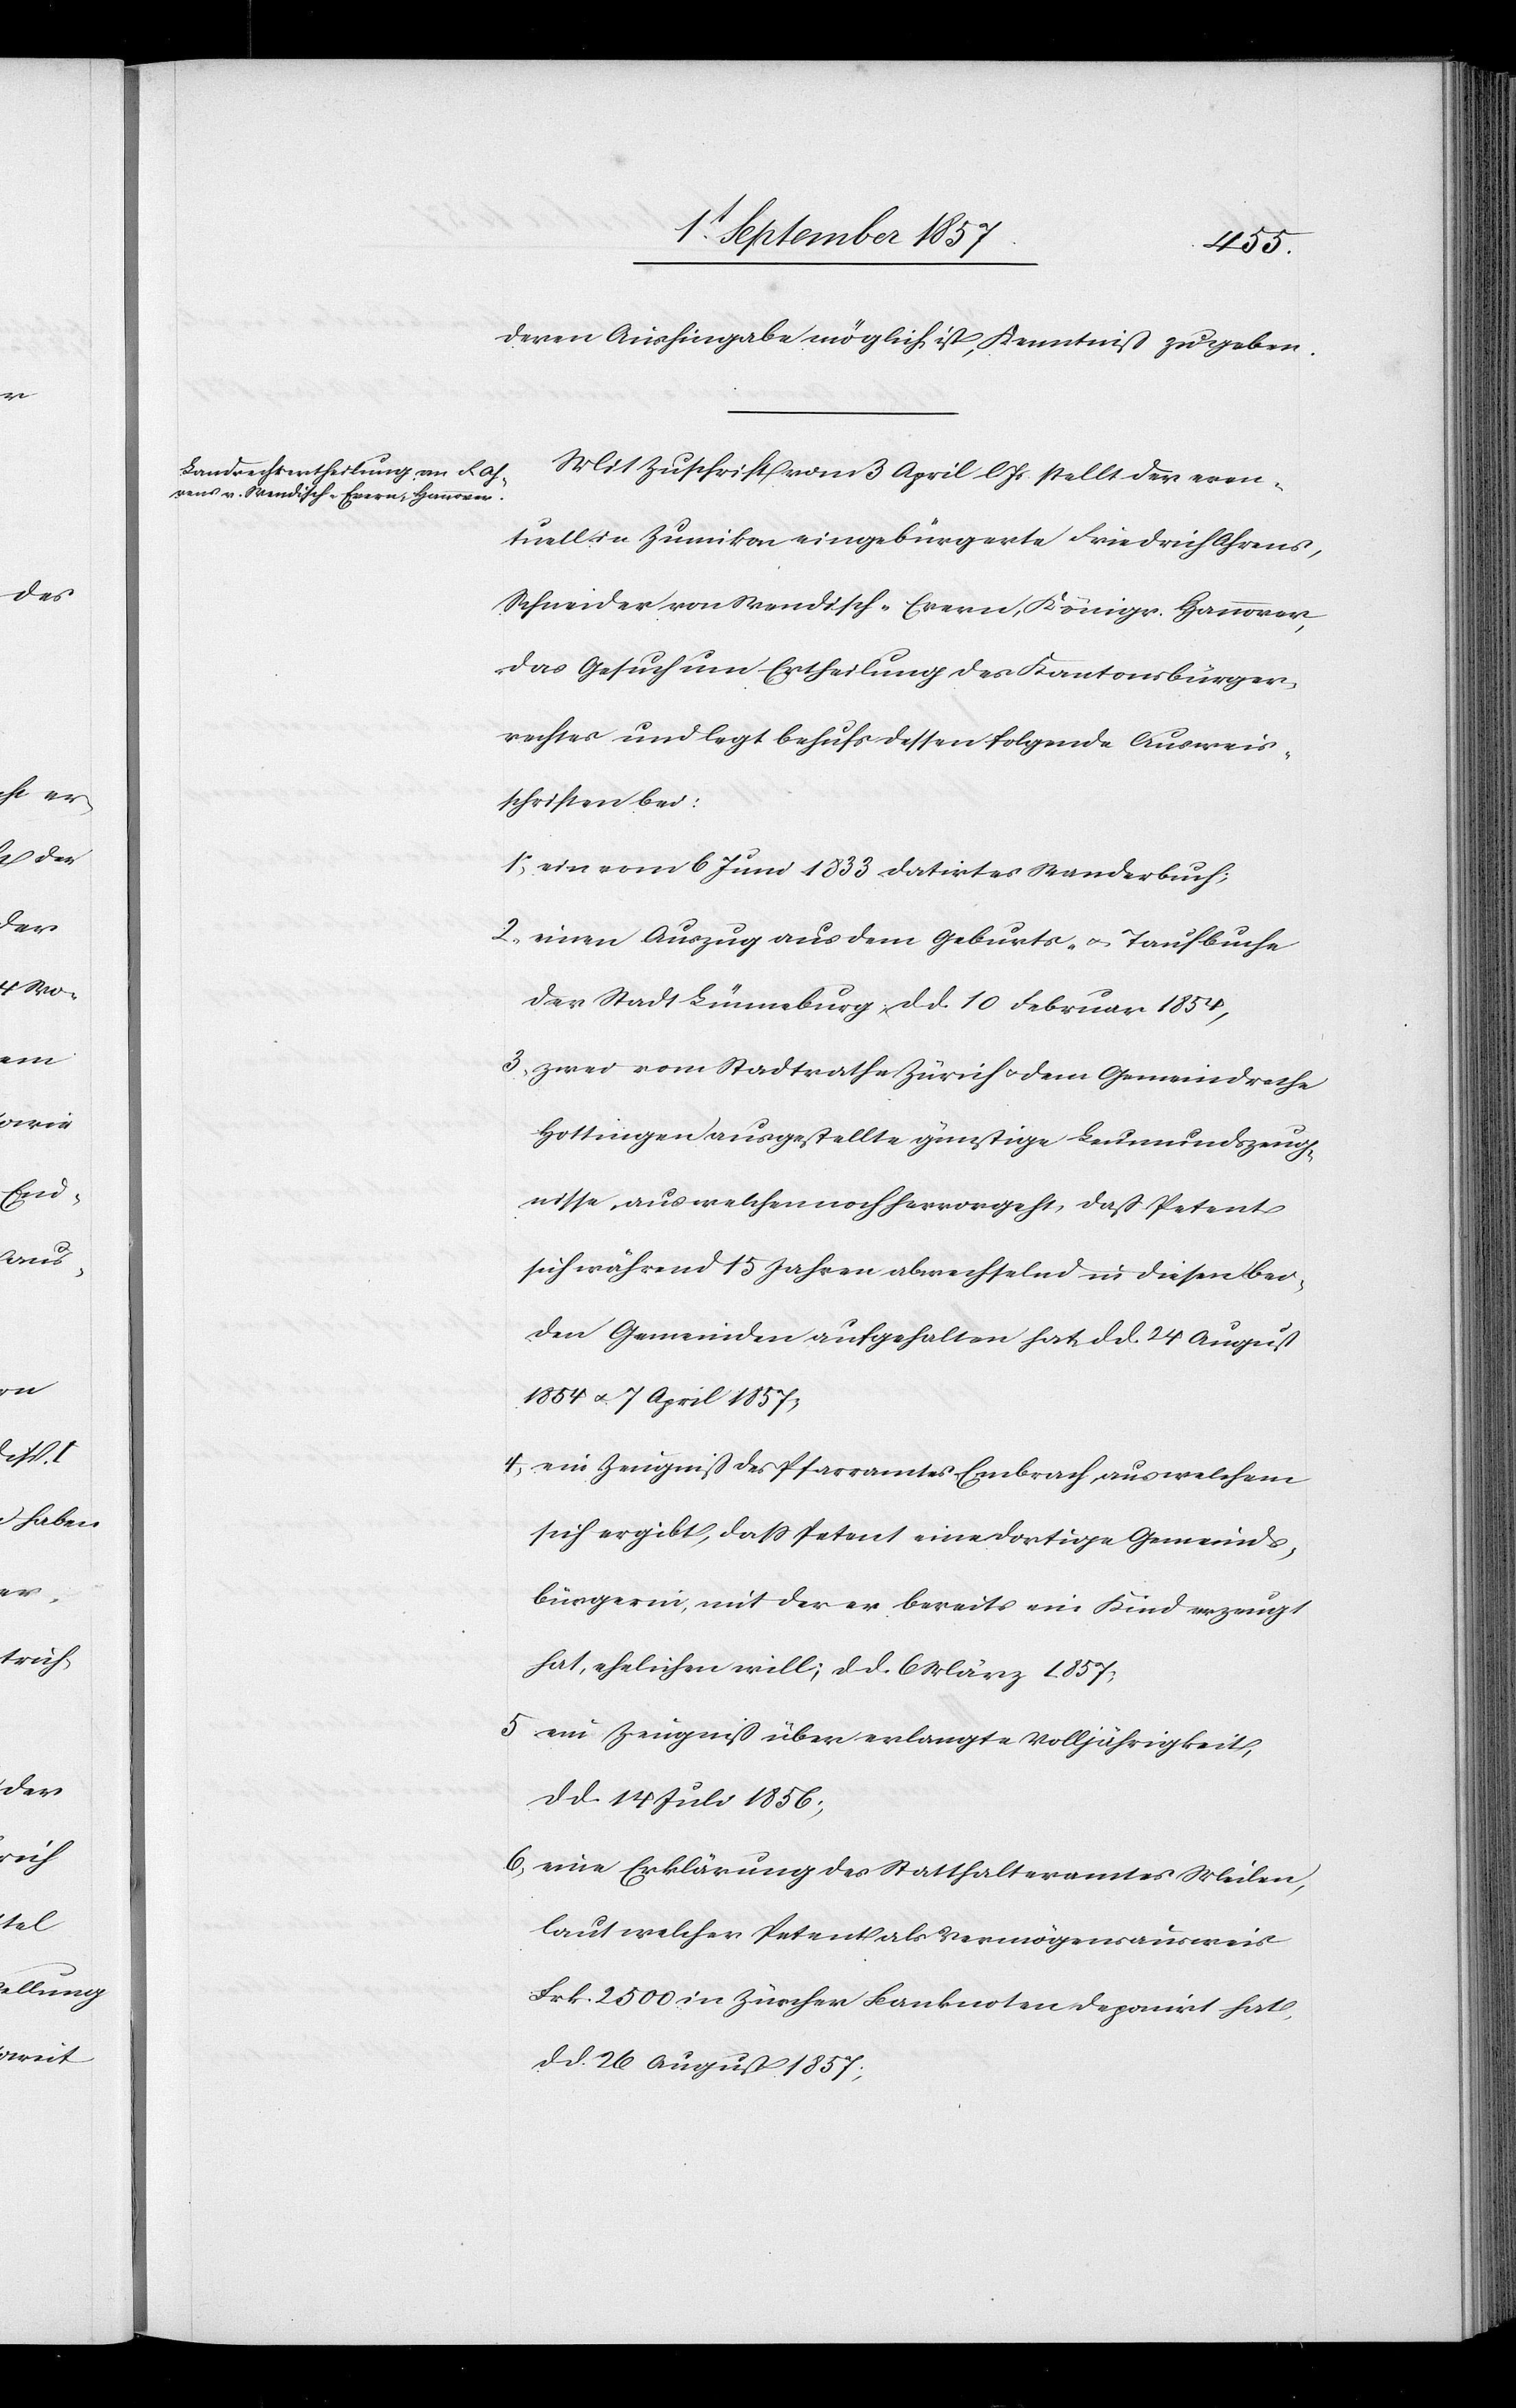
deren Aushingabe möglich ist, Kenntniß zu geben.
Mit Zuschrift vom 3 April l. Js. stellt der even¬
tuell in Zumikon, eingebürgerte Friedrich Ahrens,
Schneider von Wendisch-Erern, Königr. Hannover,
das Gesuch um Ertheilung des Kantonsbürger¬
rechtes und legt behufs dessen folgende Ausweis¬
schriften bei:
1, ein vom 6 Juni 1833 datirtes Standesbuch;
2, einen Auszug aus dem Geburts- & Taufbuche
der Stadt Lünneburg, d. d. 10 Februar 1854,
3, zwei vom Stadtrathe Zürich & dem Gemeindrathe
Hottingen ausgestellte günstige Leumundszeug¬
nisse, aus welchen noch hervorgeht, daß Petent
sich während 15 Jahren abwechselnd in diesen bei¬
den Gemeinden aufgehalten hat, d. d. 24 August
1854 & 7 April 1857;
4, ein Zeugniß des Pfarramtes Embrach, aus welchem
sich ergibt, daß Petent eine dortige Gemeinds¬
bürgerin, mit der er bereits ein Kind erzeugt
hat, ehelichen will, d. d. 6 März 1857;
5. ein Zeugniß über erlangte Volljährigkeit,
d. d. 14 Juli 1856;
6, eine Erklärung des Statthalteramtes Meilen,
laut welcher Petent als Vermögensausweis
Frk. 2500 in Zürcher Banknoten deponirt hat,
d. d. 26 August 1857;